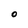
Character: O